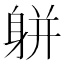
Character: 𨈾